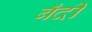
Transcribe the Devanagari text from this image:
बँदी